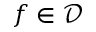
f \in \mathcal D